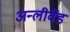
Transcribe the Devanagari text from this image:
अन्लीवेंड